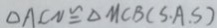
\Delta A C N \cong \Delta M C B ( S . A . S )